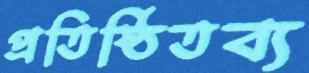
প্রতিষ্ঠিতব্য